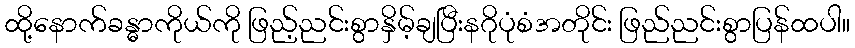
ထို့နောက်ခန္ဓာကိုယ်ကို ဖြည့်ညင်းစွာနှိမ့်ချပြီးနဂိုပုံစံအတိုင်း ဖြည်ညင်းစွာပြန်ထပါ။